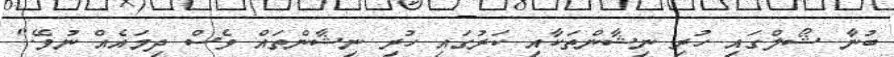
ބުނާ ޝޯލްގައި ހުރި ނިޝާންތަކާއި ކަރުގައި ހުރި ނިޝާންތައް ވެސް ދިމައެއް ނުވޭ."